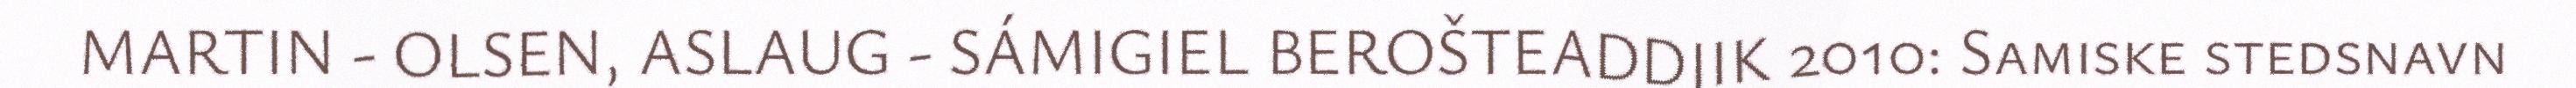
MARTIN - OLSEN, ASLAUG - SÁMIGIEL BEROŠTEADDJIK 2010: Samiske stedsnavn